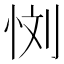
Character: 𰑙